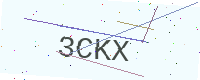
Text: 3CKX